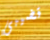
قضيبى